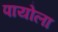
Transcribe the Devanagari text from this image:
पायोला